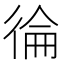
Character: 𭛴